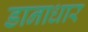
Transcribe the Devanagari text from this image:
डानाधार